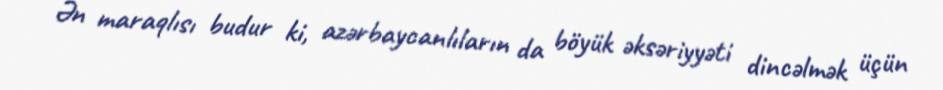
Ən maraqlısı budur ki, azərbaycanlıların da böyük əksəriyyəti dincəlmək üçün